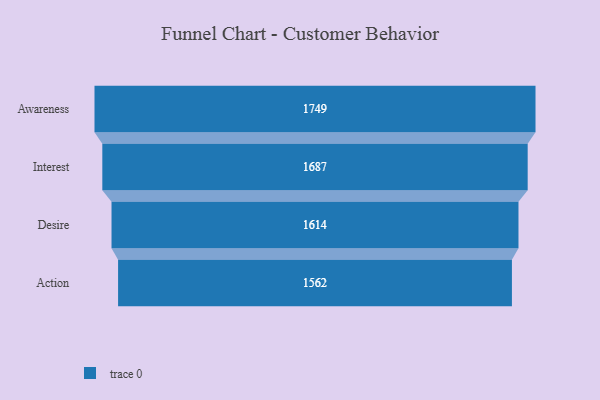
{"axis": {"x": "Stage", "y": "Value"}, "legend": [""], "data": [{"x": "Awareness", "y": 1749.0, "type": ""}, {"x": "Interest", "y": 1687.0, "type": ""}, {"x": "Desire", "y": 1614.0, "type": ""}, {"x": "Action", "y": 1562.0, "type": ""}]}